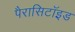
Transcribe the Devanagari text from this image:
पैरासिटॉइड